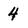
Character: 4